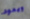
ويعود